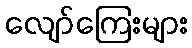
လျော်ကြေးများ